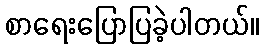
စာရေးပြောပြခဲ့ပါတယ်။